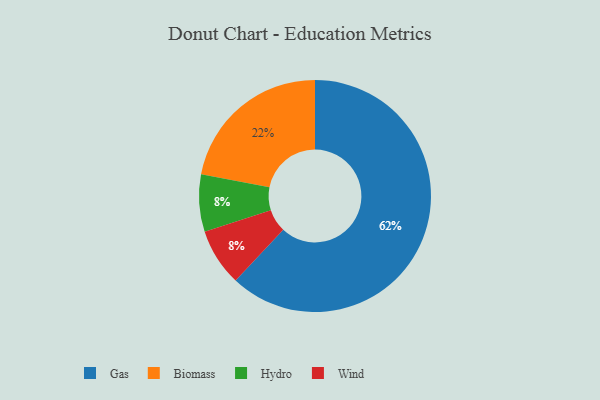
{"axis": {"x": "Category", "y": "Percentage"}, "legend": ["Biomass", "Gas", "Hydro", "Wind"], "data": [{"x": "Gas", "y": 62, "type": "Gas"}, {"x": "Biomass", "y": 22, "type": "Biomass"}, {"x": "Hydro", "y": 8, "type": "Hydro"}, {"x": "Wind", "y": 8, "type": "Wind"}]}